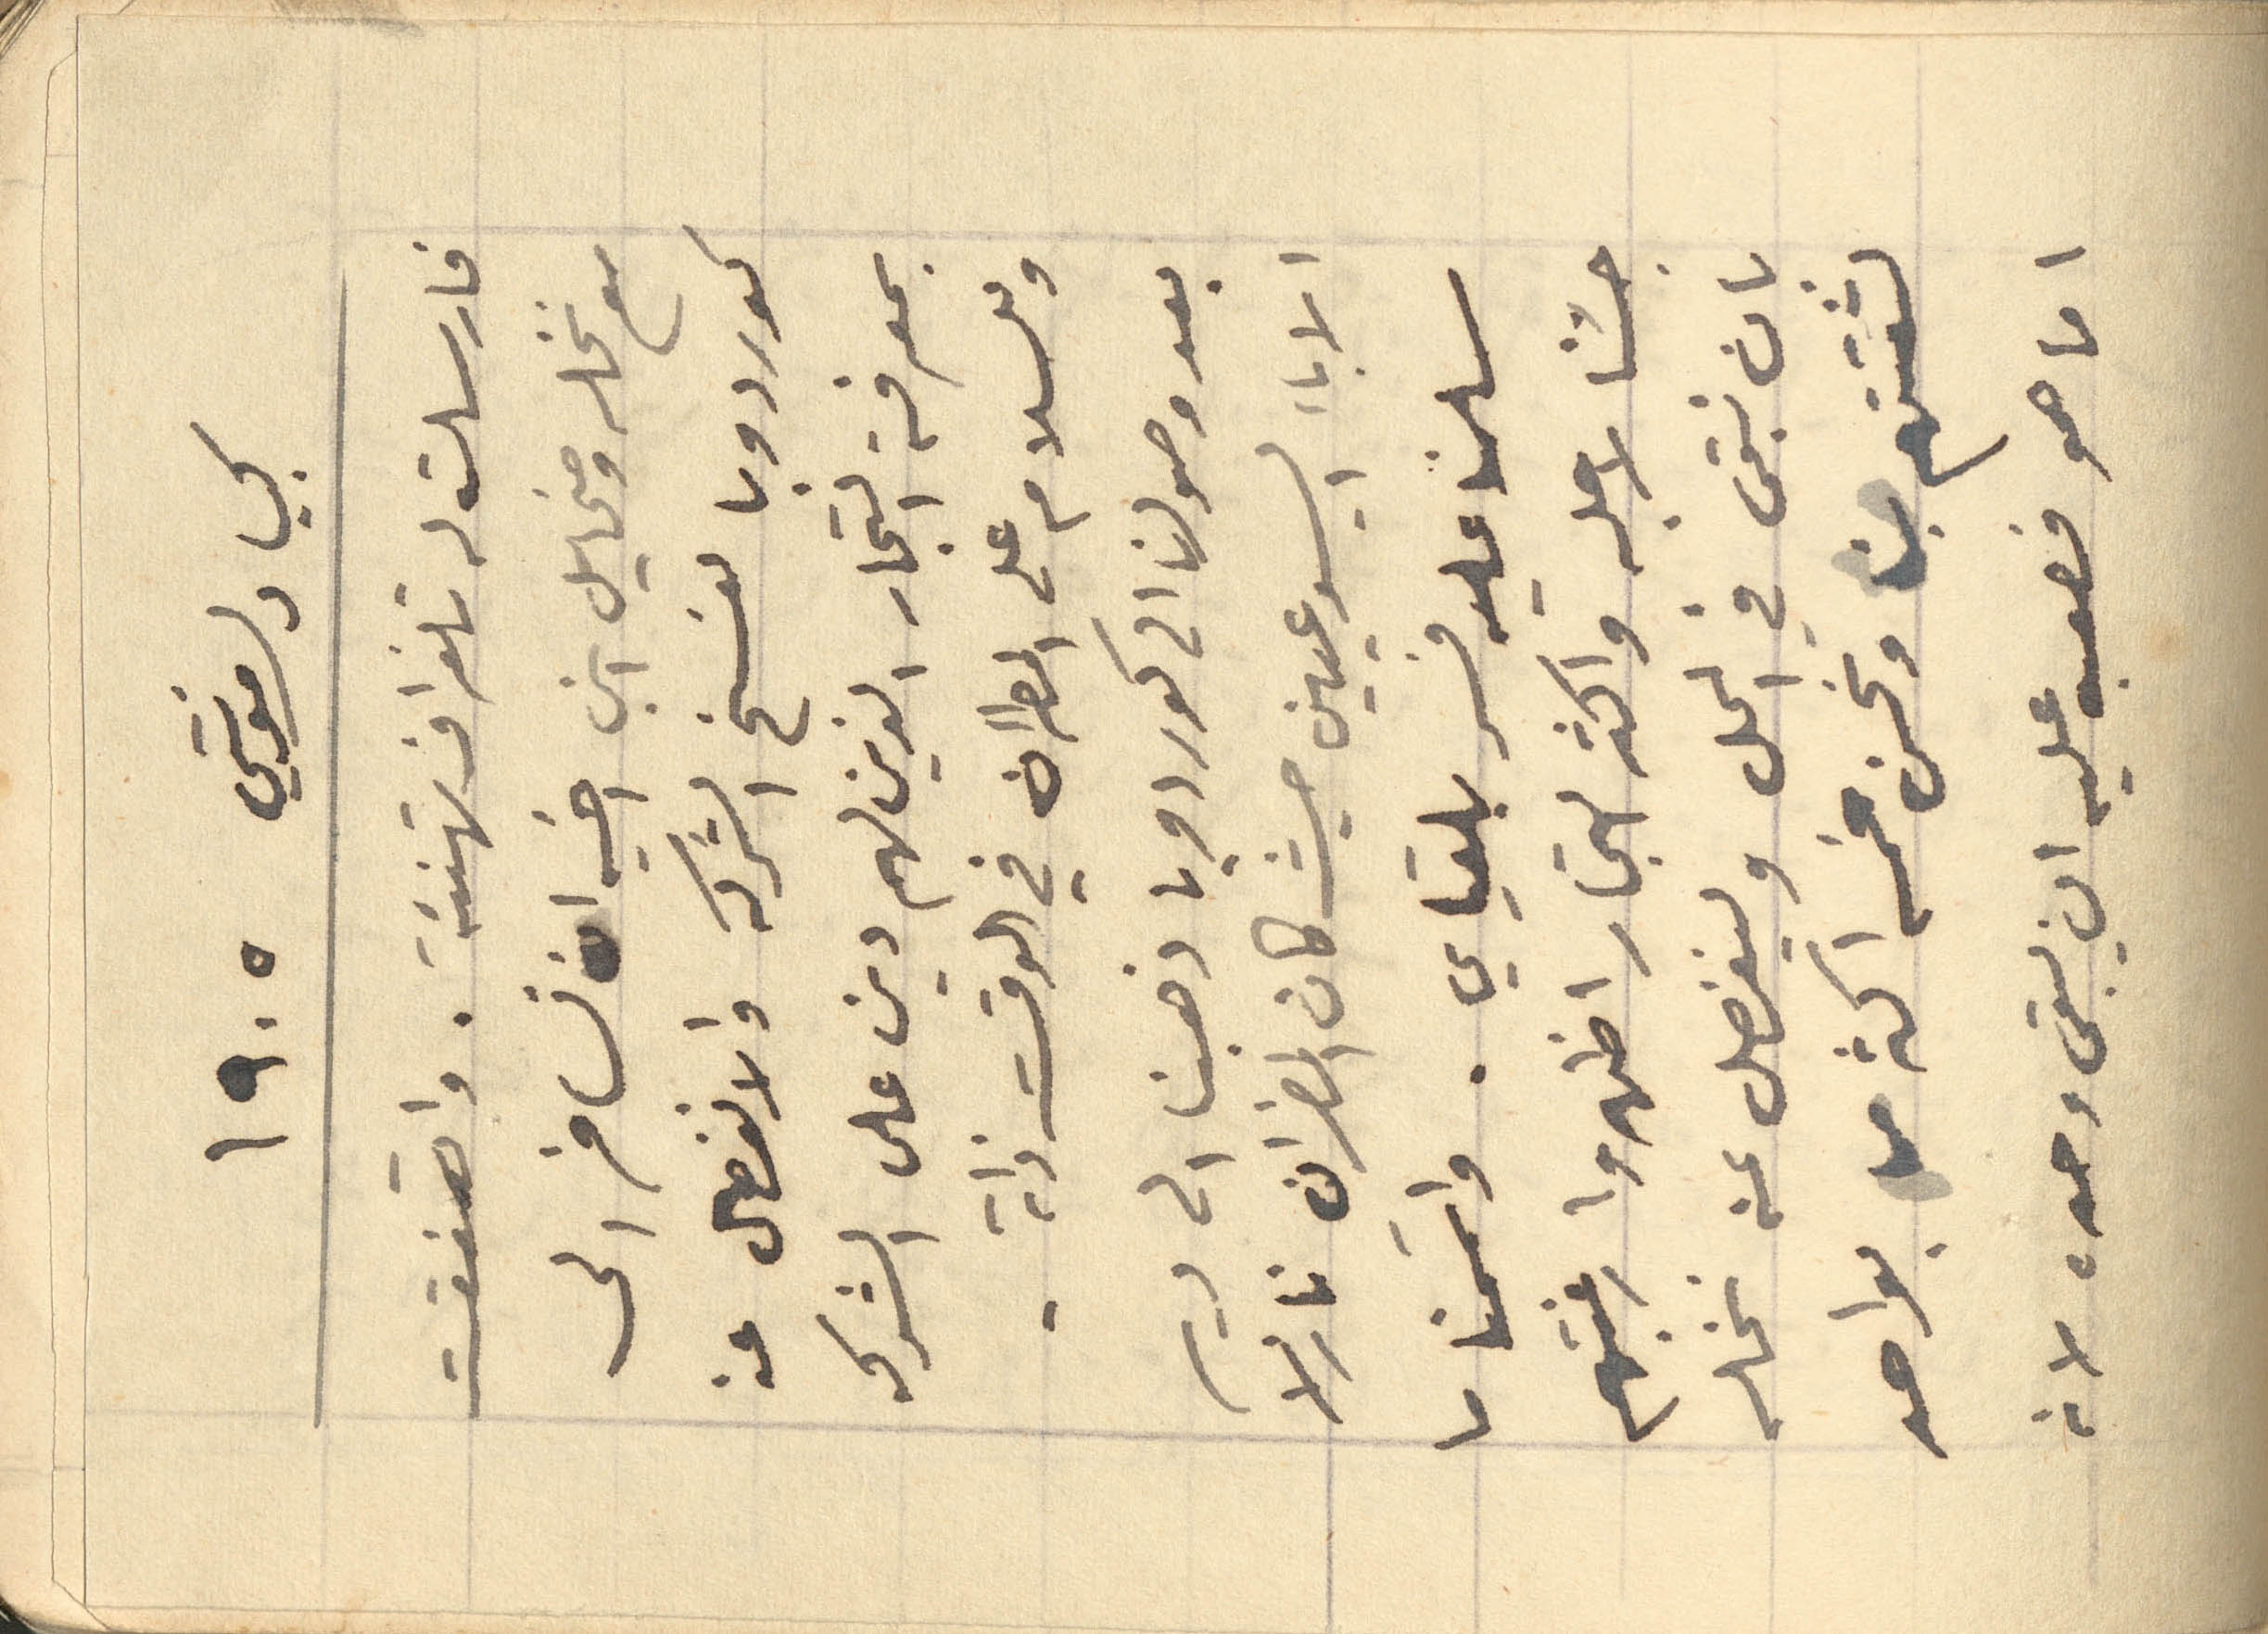
كبيا دلمونتي ١۹٠٥
فارسلت له تلغراف تهنئة. وافقت
مع نخله ومخائيل ابن أخيه ان نسافر الى
كوردوبا لفسخ الشركه والانفصال عنه
بمعرفة التجار الذين لهم دين على الشركه
وللسلام على المطران في الوقت ذاته -
بعدوصولنا الى كوردوبا ذهبنا الى دير
الإباء اليسوعيين حيث كان المطران نازلا
سلمنا عليه فسر بلقياي. واتممنا ما
جئنا لاجله واكثر التجار اظهروا رغبتهم
بان نبقى في المحل ولينفصل عنه نخله
لثقتهم بنا ونحن خمسة اكثر من واحد
انا هو صعبه عليه ان يبقى وحده لانه